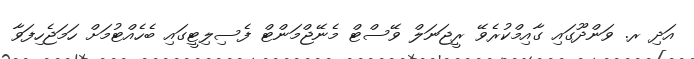
އަދި ރ. ވަންދޫގައި ގާއިމްކުރެވޭ ރީޖަނަލް ވޭސްޓް މެނޭޖްމަންޓް ފެސިލިޓީގައި ބެހެއްޓުމަށް ހަމަޖެހިފަވާ